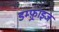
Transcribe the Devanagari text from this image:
डम्फ़्राइज